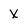
Character: X